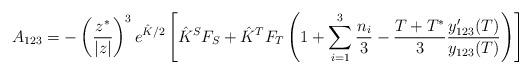
LaTeX: \begin{align*}A_{123} = -\left(\frac{z^*}{|z|}\right)^3 e^{\hat{K}/2} \left[\hat{K}^SF_S + \hat{K}^TF_T \left(1+\sum_{i=1}^3 \frac{n_i}{3} - \frac{T+T^*}{3}\frac{y'_{123}(T)}{y_{123}(T)} \right) \right] \end{align*}